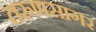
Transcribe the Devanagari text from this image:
तरुणसागर